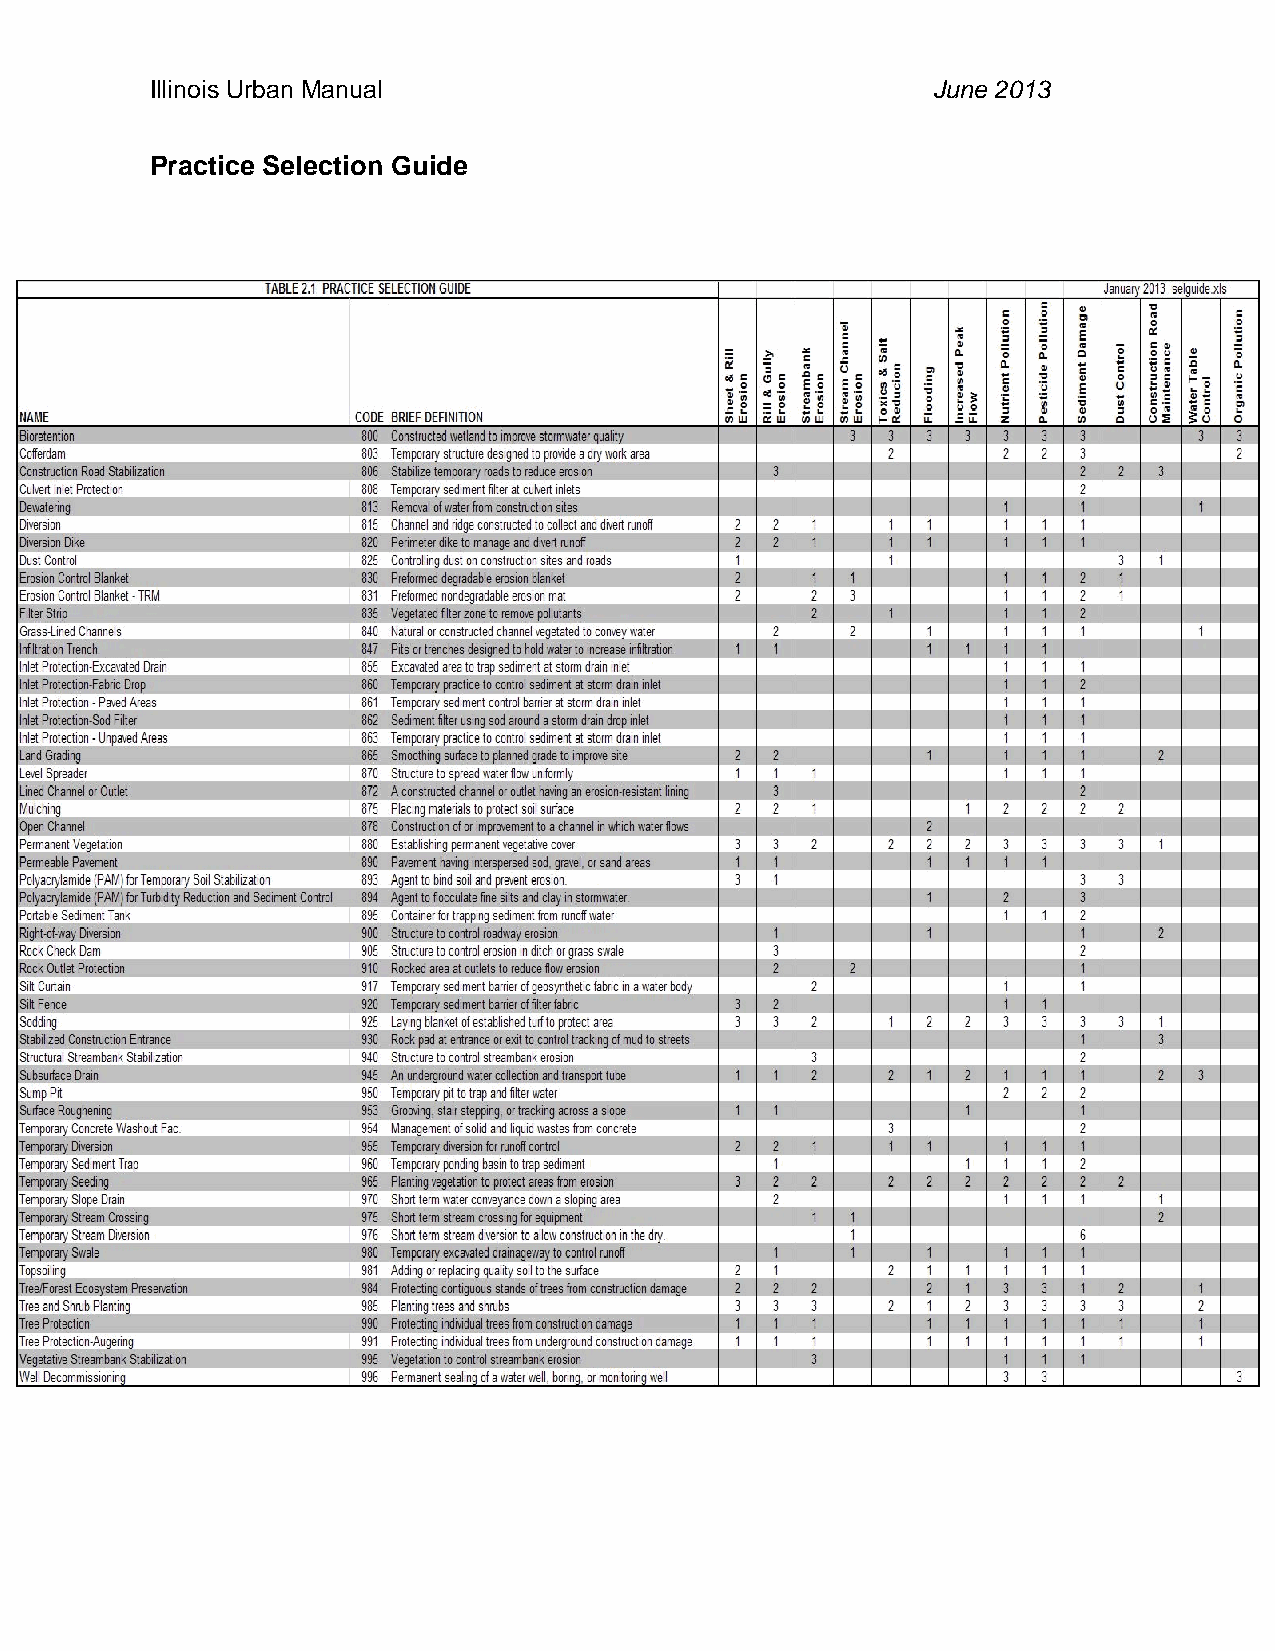
Illinois Urban Manual                               June 2013
 Practice Selection Guide